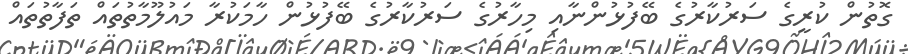
ގޮތުން ކުރީގެ ސަރުކާރުގެ ބޭފުޅުންނާއި މިހާރުގެ ސަރުކާރުގެ ބޭފުޅުން ހާމަކުރާ މައުލޫމާތުތައް ތަފާތުތައް